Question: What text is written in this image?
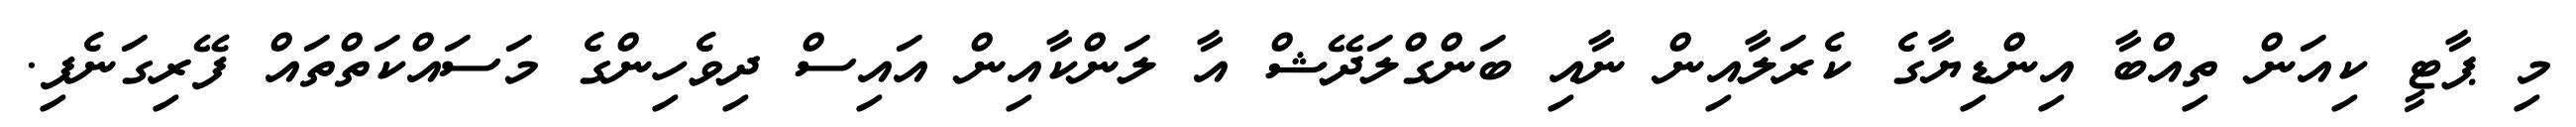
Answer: މި ޕާޓީ ކިއަން ތިއްބާ އިންޑިޔާގެ ކެރަލާއިން ނާއި ބަންގްލަދޭޝް އާ ލަންކާއިން އައިސް ދިވެހިންގެ މަސައްކަތްތައް ފޭރިގަނެފި.